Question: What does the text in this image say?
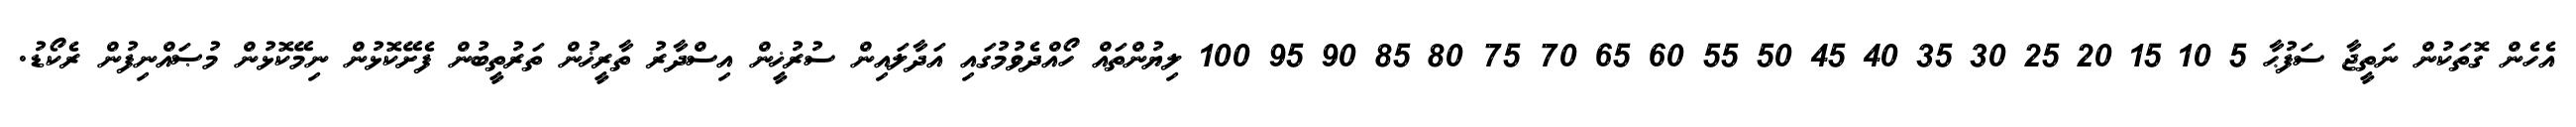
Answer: އެހެން ގޮތަކުން ނަތީޖާ ސަފުޙާ 5 10 15 20 25 30 35 40 45 50 55 60 65 70 75 80 85 90 95 100 ލިޔުންތައް ހޯއްދެވުމުގައި އަދާލައިން ސުރުޚީން އިސްދާރު ތާރީޚުން ތަރުތީބުން ފެށޭކޮޅުން ނިމޭކޮޅުން މުޞައްނިފުން ރެކޯޑު.